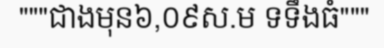
"""ជាងមុន៦,០៩ស.ម ទទឹងធំ"""